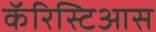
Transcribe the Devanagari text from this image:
कॅरिस्टिआस